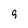
Character: q